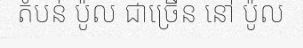
តំបន់ ប៉ូល ជាច្រើន នៅ ប៉ូល